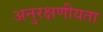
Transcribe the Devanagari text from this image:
अनुरक्षणीयता